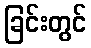
ခြင်းတွင်